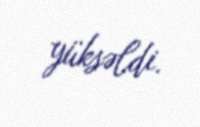
yüksəldi.